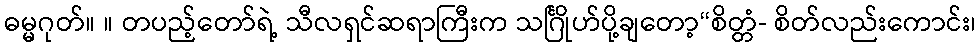
ဓမ္မဂုတ်။ ။ တပည့်တော်ရဲ့ သီလရှင်ဆရာကြီးက သင်္ဂြိုဟ်ပို့ချတော့“စိတ္တံ- စိတ်လည်းကောင်း၊